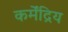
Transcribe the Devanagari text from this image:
कर्मेंद्रिय